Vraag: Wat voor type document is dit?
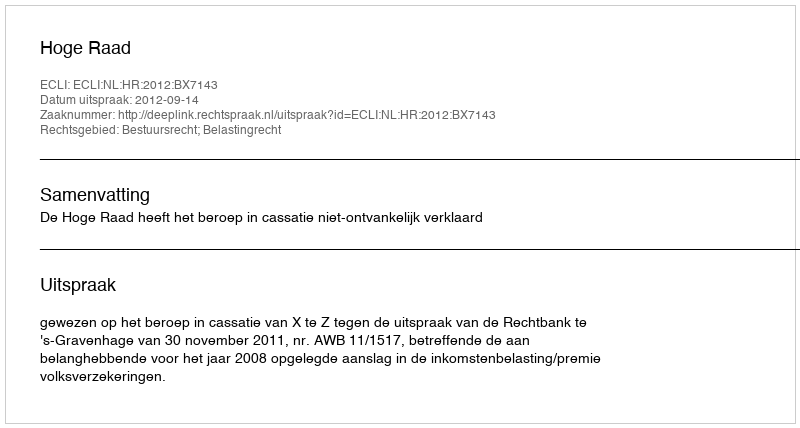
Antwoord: Uitspraak